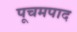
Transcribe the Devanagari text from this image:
पूचमपाद